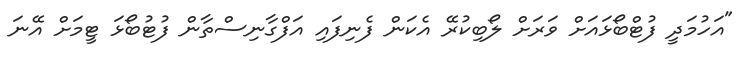
"އަހުމަދީ ފުޓްބޯޅައަށް ވަރަށް ލޯބިކުރޭ އެކަން ފެނިފައި އަފްގާނިސްތާން ފުޓުބޯޅަ ޓީމަށް އޭނަ